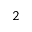
_ 2